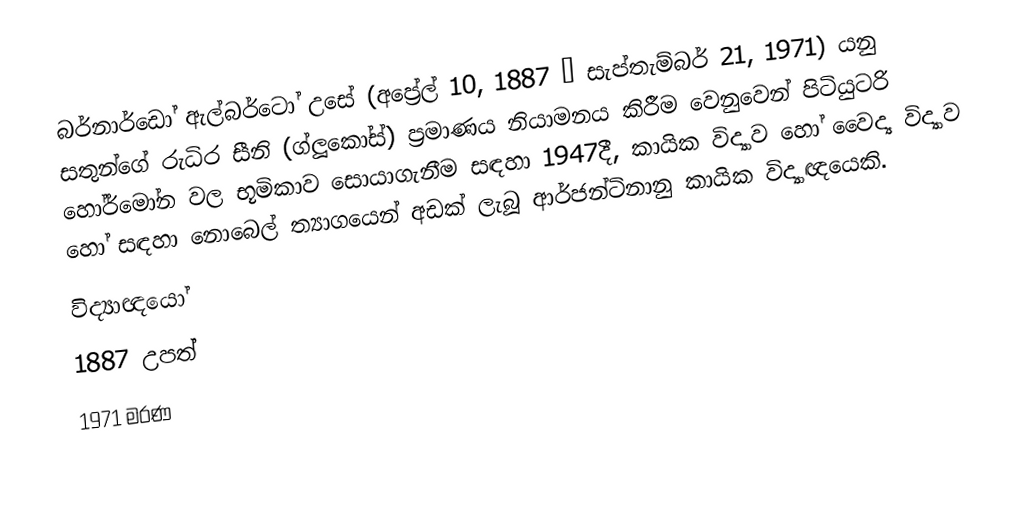
බර්නාර්ඩෝ ඇල්බර්ටෝ උසේ (අප්‍රේල් 10, 1887 – සැප්තැම්බර් 21, 1971) යනු සතුන්ගේ රුධිර සීනි (ග්ලූකෝස්) ප්‍රමාණය නියාමනය කිරීම වෙනුවෙන් පිටියුටරි හෝර්මෝන වල භූමිකාව සොයාගැනීම සඳහා 1947දී,  කායික විද්‍යාව හෝ වෛද්‍ය විද්‍යාව හෝ සඳහා නොබෙල් ත්‍යාගයෙන් අඩක් ලැබූ ආර්ජන්ටිනානු කායික විද්‍යාඥයෙකි.
විද්‍යාඥයෝ
1887 උපත්
1971 මරණ